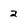
Character: 2